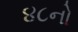
૪૮નો